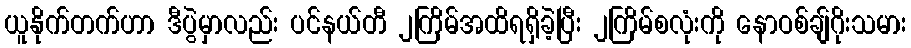
ယူနိုက်တက်ဟာ ဒီပွဲမှာလည်း ပင်နယ်တီ ၂ကြိမ်အထိရရှိခဲ့ပြီး ၂ကြိမ်စလုံးကို နောဝစ်ချ်ဂိုးသမား